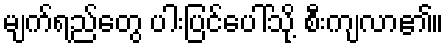
မျက်ရည်တွေ ပါးပြင်ပေါ်သို့ စီးကျလာ၏။